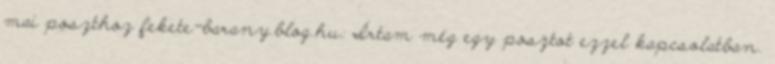
mai poszthoz fekete-barany.blog.hu: Írtam még egy posztot ezzel kapcsolatban.